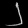
Digit: ၂